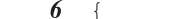
٣٠